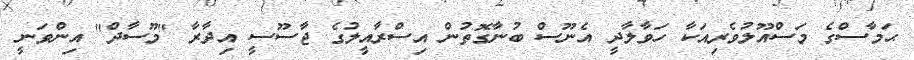
ޙަމާސްގެ މަސްއޫލުވެރިއަކާ ހަވާލާދީ އެނޫސް ބުނާގޮތުން އިސްރާއީލުގެ ޖާސޫސީ އިދާރާ "މޫސާދް" އިންވަނީ